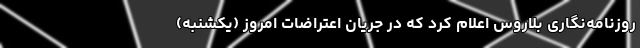
روزنامه‌نگاری بلاروس اعلام کرد که در جریان اعتراضات امروز (یکشنبه)